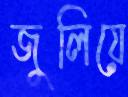
জুলিয়ে